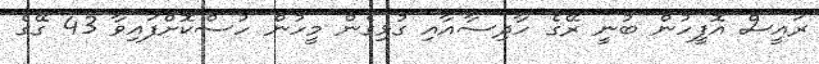
ރައީސް އޮފީހުން ބުނީ ރޭގެ ހާދިސާއާއި ގުޅިގެން މީހުން ހުސްކޮށްފައިވާ 43 ގޭގެ